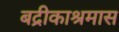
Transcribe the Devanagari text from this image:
बद्रीकाश्रमास